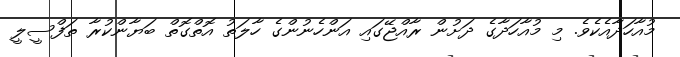
މުއާހަދާއެކެވެ. މި މުއާހަދާގެ ދަށުން ރާއްޖޭގައި އަންހެނުންގެ ހާލަތު އޮތްގޮތް ބަޔާންކުރާ ތަފްސީލީ